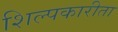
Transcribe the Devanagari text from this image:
शिल्पकारीता